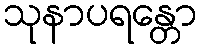
သုနာပရန္တော